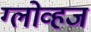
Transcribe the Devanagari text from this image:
ग्लोव्हज